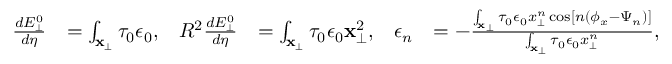
\begin{array} { r l r l r l } { \frac { d E _ { \perp } ^ { 0 } } { d \eta } } & { = \int _ { \mathbf { x } _ { \perp } } \tau _ { 0 } \epsilon _ { 0 } , } & { R ^ { 2 } \frac { d E _ { \perp } ^ { 0 } } { d \eta } } & { = \int _ { \mathbf { x } _ { \perp } } \tau _ { 0 } \epsilon _ { 0 } \mathbf { x } _ { \perp } ^ { 2 } , } & { \epsilon _ { n } } & { = - \frac { \int _ { \mathbf { x } _ { \perp } } \tau _ { 0 } \epsilon _ { 0 } x _ { \perp } ^ { n } \cos \left[ n ( \phi _ { x } - \Psi _ { n } ) \right] } { \int _ { \mathbf { x } _ { \perp } } \tau _ { 0 } \epsilon _ { 0 } x _ { \perp } ^ { n } } , } \end{array}